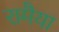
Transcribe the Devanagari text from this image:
रामैया